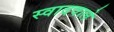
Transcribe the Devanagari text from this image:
स्वादवाले